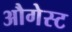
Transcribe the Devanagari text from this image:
औगेस्ट